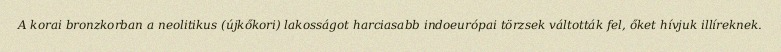
A korai bronzkorban a neolitikus (újkőkori) lakosságot harciasabb indoeurópai törzsek váltották fel, őket hívjuk illíreknek.